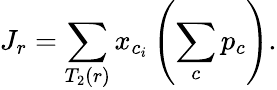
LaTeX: J_{r}=\sum_{T_{2}(r)}x_{c_{i}}\left(\sum_{c}p_{c}\right).